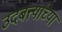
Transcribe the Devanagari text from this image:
उदबत्त्यांच्या